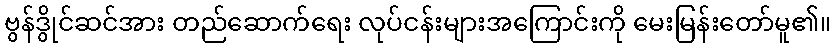
ဗွန်ဒွိုင်ဆင်အား တည်ဆောက်ရေး လုပ်ငန်းများအကြောင်းကို မေးမြန်းတော်မူ၏။